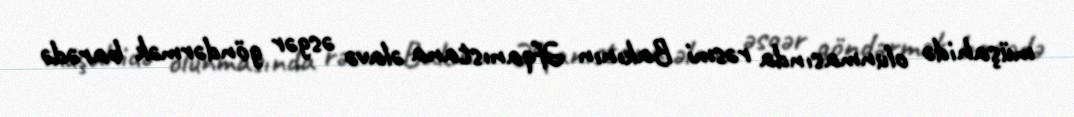
müşahidə olunmasında rəsmi Bakının Əfqanıstana əlavə əsgər göndərmək barədə